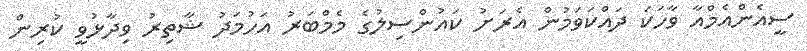
ސީއެންއެމްއާ ވާހަކަ ދައްކަވަމުން އެރަށު ކައުންސިލުގެ މެމްބަރު އަހުމަދު ޝާތިރު ވިދާޅުވީ ކުރިން